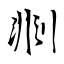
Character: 剕